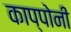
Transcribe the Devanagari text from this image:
काप्पोनी